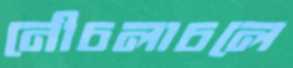
নৌচলাচলে